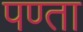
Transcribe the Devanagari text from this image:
पण्ता